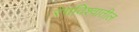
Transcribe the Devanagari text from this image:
रंगविश्वातील